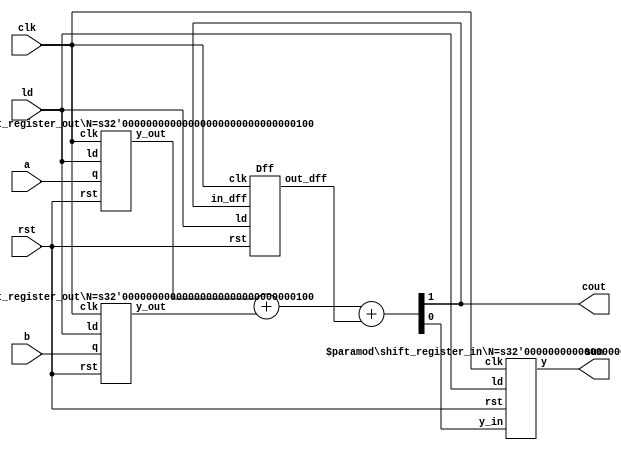
module serial_adder #(parameter N = 4) (
        input [N-1:0] a,b,
        input rst,ld,clk,
        output [N-1:0] sum,
        output cout
    );
    wire carry_in,carry_out,a_out,b_out,sum_in;
    shift_register_out #(N) c1 (clk,rst,ld,a,a_cout);
    shift_register_out #(N) c2 (clk,rst,ld,b,b_cout);
    assign {carry_out,sum_in} = a_cout + b_cout + carry_in;
    Dff c3(clk,rst,ld,carry_out,carry_in);
    shift_register_in #(N) c4 (clk,rst,ld,sum_in,sum);
    assign cout = carry_out;
endmodule

module shift_register_out #(parameter N = 4) (  //This module takes out 1 bit and shift right every clk
        input clk,rst,ld,
        input [N-1:0] q,
        output y_out
    );
    wire [N-1:0] q_next,q_input;
    assign  q_next =    rst? 0 :
                        ~clk ? {q_input[0],q_input[N-1:1]} :
                        q_next;
    assign  q_input =   rst? q :
                        clk ? q_next :
                        q_input;
    assign y_out    = rst ? 0 :
                        ~clk ? q_input[0] :
                        y_out;
endmodule

module shift_register_in #(parameter N = 4) ( //This module replases 1 bit and shift right every clk
        input clk,rst,ld,y_in,
        output [N-1:0] y
    );
    wire [N-1:0] temp;
    assign  temp = rst? 0 :
                    ~clk ? {y_in,y[N-1:1]} :
                    temp;
    assign  y    =  rst? 0 :
                    clk ? temp :
                    y;
endmodule

module Dff (
    input clk,rst,ld,in_dff,
    output out_dff
);
    wire out_next;
    assign  out_next =  rst? 0 :
                        clk ? in_dff:
                        out_next;
    assign  out_dff =   rst? 0 :
                        ~clk ? out_next :
                        out_dff;
endmodule